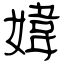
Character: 媁